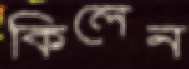
কিলেন